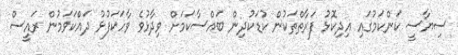
ސިޔާސީ ކަންކަމުގައި އިދިކޮޅު ފަރާތްތަކުން ކުޑަކުދިން ބައްސާކަމަށް ވިދާޅުވެ ވާހަކަފުޅު ދައްކަވަމުން ރައީސް